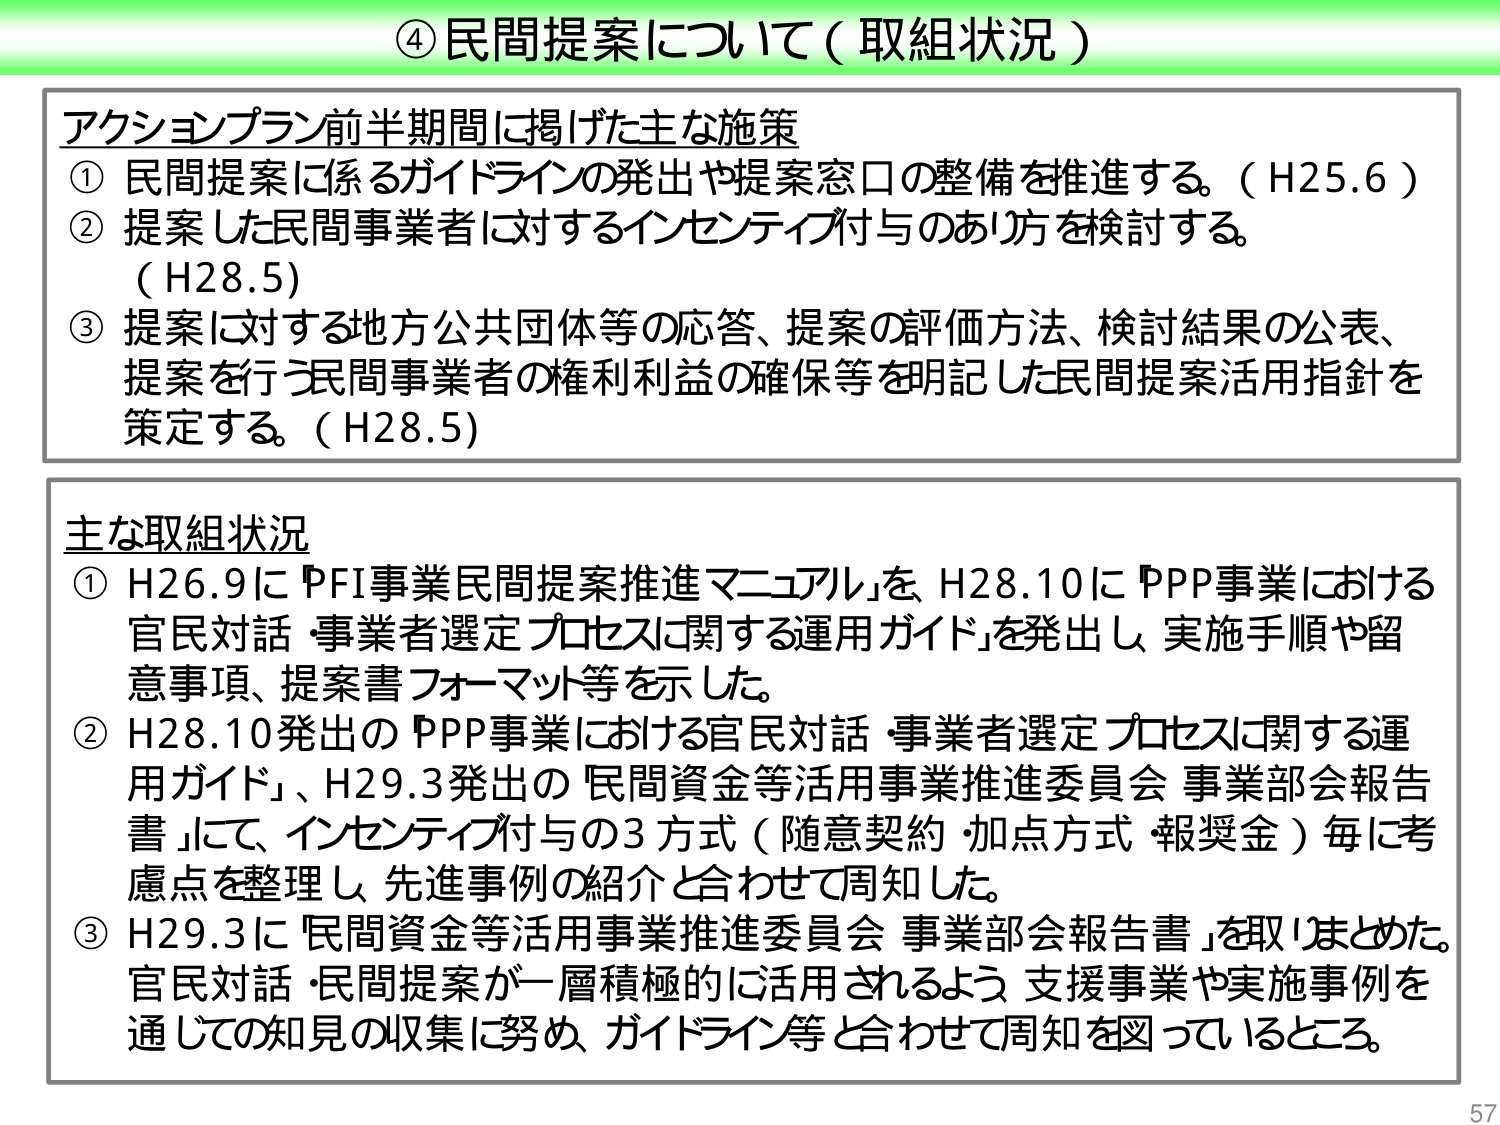
④ 民間提案について（取組状況）

アクションプラン前半期間に掲げた主な施策
① 民間提案に係るガイドラインの発出や提案窓口の整備を推進する。（H25.6）
② 提案した民間事業者に対するインセンティブ付与のあり方を検討する。
（H28.5）
③ 提案に対する地方公共団体等の応答、提案の評価方法、検討結果の公表、
提案を行う民間事業者の権利利益の確保等を明記した民間提案活用指針を
策定する。（H28.5）

主な取組状況
① H26.9に『PFI事業民間提案推進マニュアル』を、H28.10に『PPP事業における
官民対話・事業者選定プロセスに関する運用ガイド』を発出し、実施手順や留
意事項、提案書フォーマット等を示した。
② H28.10発出の『PPP事業における官民対話・事業者選定プロセスに関する運
用ガイド』、H29.3発出の『民間資金等活用事業推進委員会 事業部会報告
書』にて、インセンティブ付与の3方式（随意契約・加点方式・報奨金）毎に考
慮点を整理し、先進事例の紹介と合わせて周知した。
③ H29.3に『民間資金等活用事業推進委員会 事業部会報告書』を取りまとめた。
官民対話・民間提案が一層積極的に活用されるよう、支援事業や実施事例を
通じての知見の収集に努め、ガイドライン等と合わせて周知を図っているところ。

57